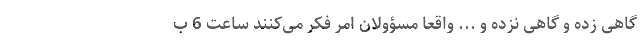
گاهی زده و گاهی نزده و ... واقعا مسؤولان امر فکر می‌کنند ساعت 6 ب